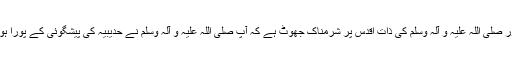
یہ بالکل رنگین اور حضور صلی اللہ علیہ و آلہ وسلم کی ذات اقدس پر شرمناک جھوٹ ہے کہ آپ صلی اللہ علیہ و آلہ وسلم نے حدیبیہ کی پیشگوئی کے پورا ہونے کی تعین کر دی تھی۔